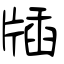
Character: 牐